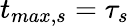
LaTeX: t_{max,s}=\tau_{s}